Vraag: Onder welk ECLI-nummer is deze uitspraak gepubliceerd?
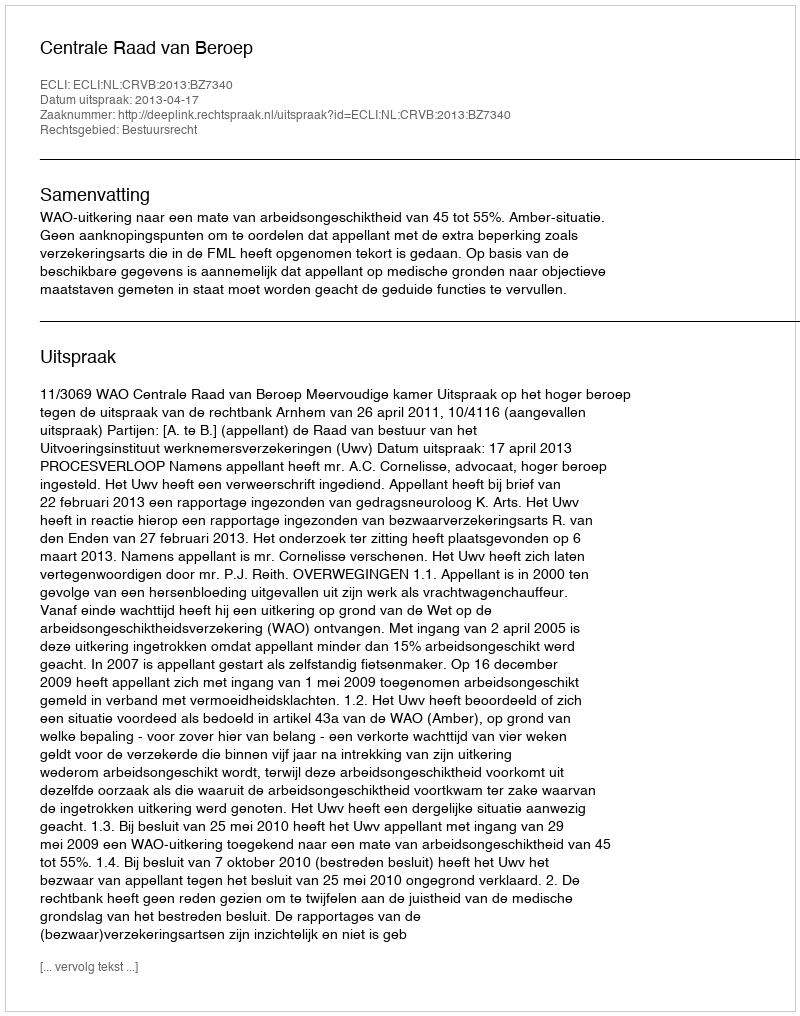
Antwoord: ECLI:NL:CRVB:2013:BZ7340